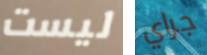
ليست جراي